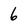
Character: 6